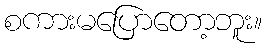
စကားမပြောတော့ဘူး။